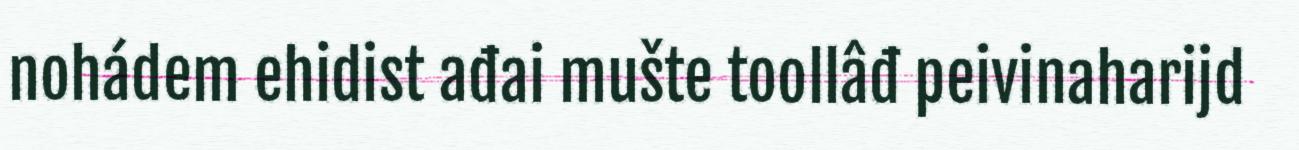
nohádem ehidist ađai mušte toollâđ peivinaharijd